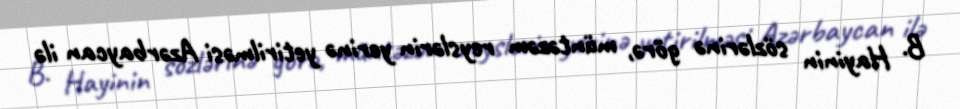
B. Hayinin sözlərinə görə, müntəzəm reyslərin yerinə yetirilməsi Azərbaycan ilə